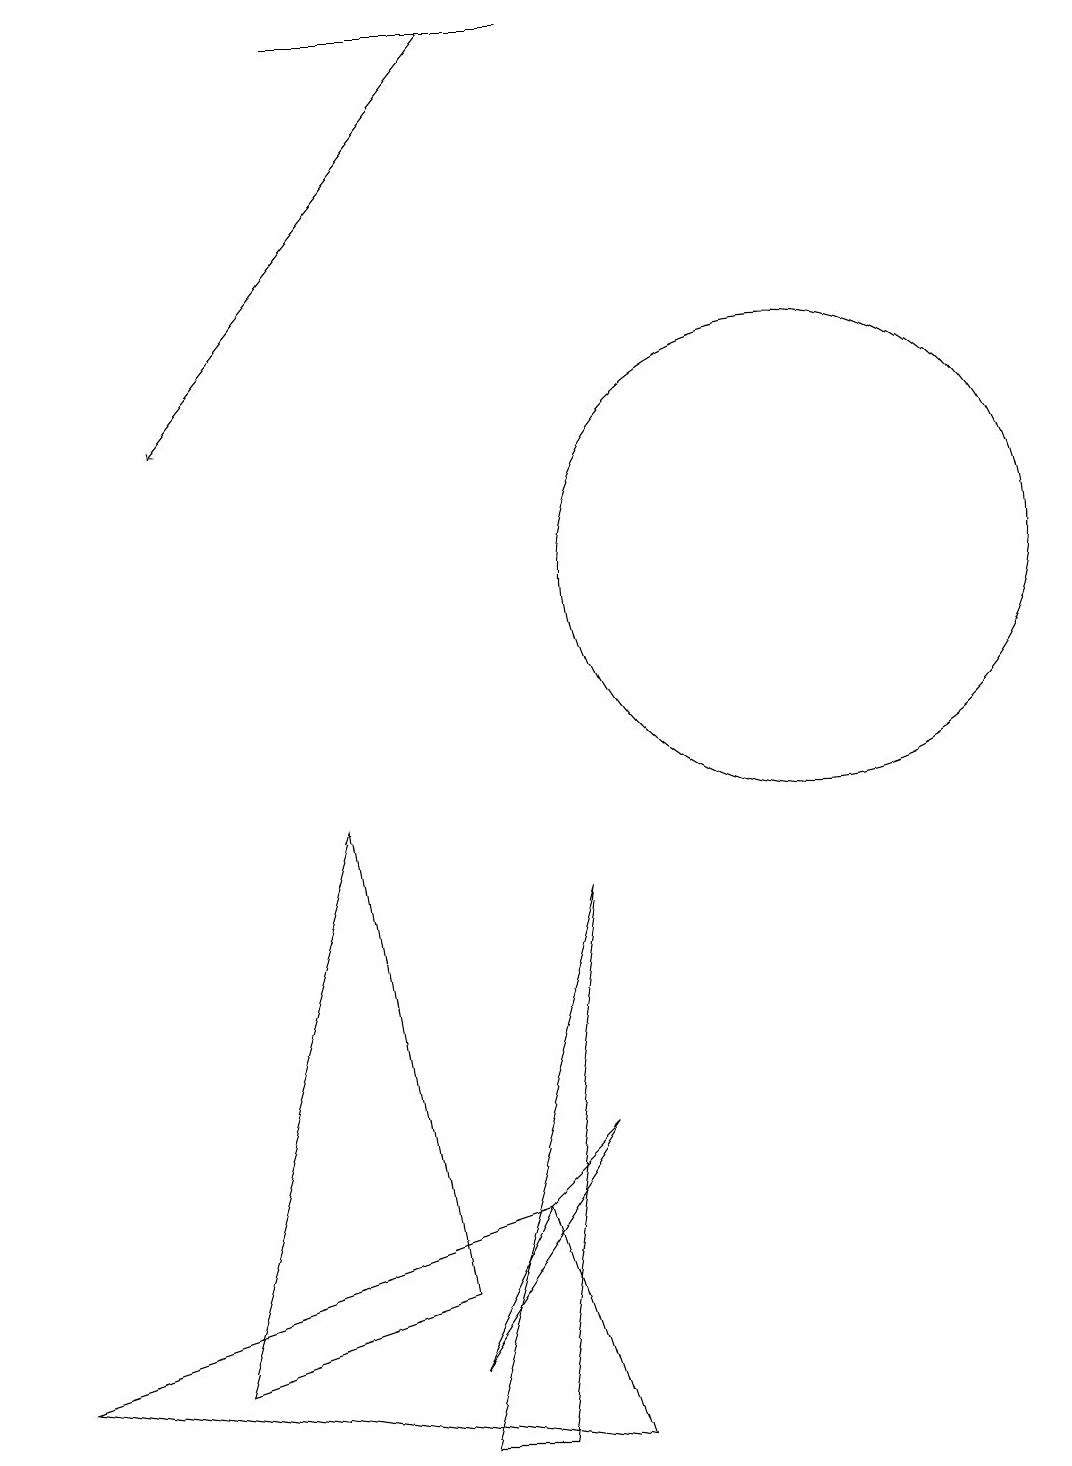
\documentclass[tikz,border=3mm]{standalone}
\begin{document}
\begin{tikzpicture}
\draw (10,12) circle (3);
\draw (6,4) -- (0,2) -- (7,1) -- cycle;
\draw (2,10) rectangle (2,10);
\draw (5,2) -- (7,5) -- (6,4) -- cycle;
\draw (7,19) rectangle (4,19);
\draw[->] (6,19) -- (2,14);
\draw (5,1) -- (7,8) -- (6,1) -- cycle;
\draw (5,3) -- (4,9) -- (2,2) -- cycle;
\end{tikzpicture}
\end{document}